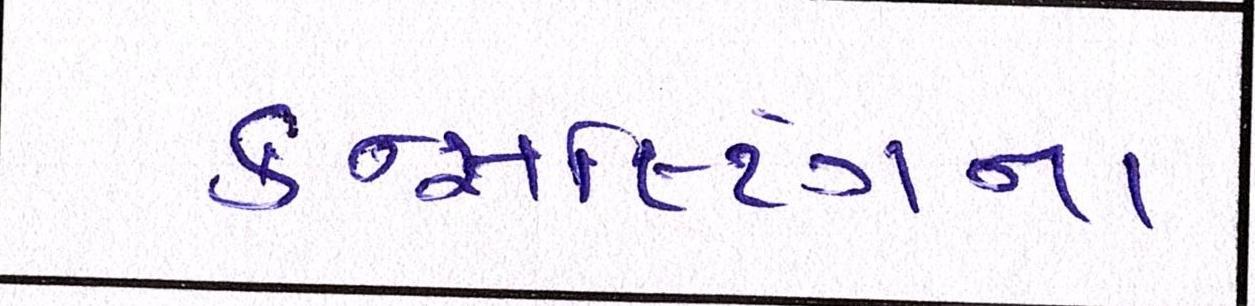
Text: કન્સલ્ટિંગના